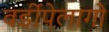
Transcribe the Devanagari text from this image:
वर्डीपेलागो